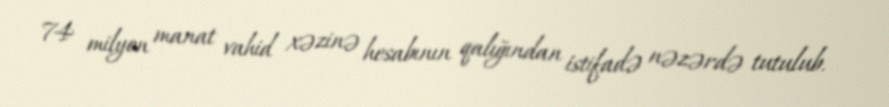
74 milyon manat vahid xəzinə hesabının qalığından istifadə nəzərdə tutulub.